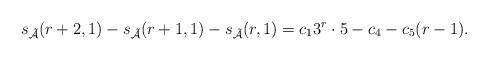
LaTeX: \begin{align*}s_\mathcal{\tilde{A}}(r+2,1)-s_\mathcal{\tilde{A}}(r+1,1)-s_\mathcal{\tilde{A}}(r,1)=c_13^r\cdot 5-c_4-c_5(r-1).\end{align*}